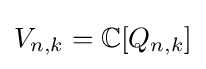
V_{n,k}=\mathbb {C} [Q_{n,k}]